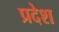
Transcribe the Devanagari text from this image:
प्रदेश्‍ा